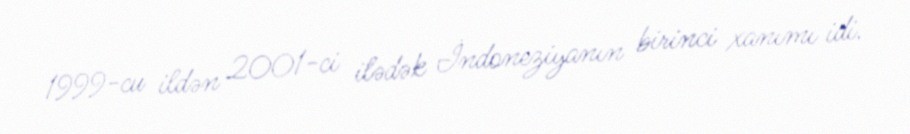
1999-cu ildən 2001-ci ilədək İndoneziyanın birinci xanımı idi.